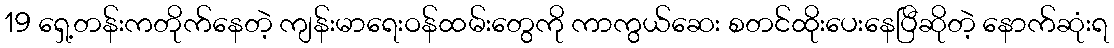
19 ရှေ့တန်းကတိုက်နေတဲ့ ကျန်းမာရေးဝန်ထမ်းတွေကို ကာကွယ်ဆေး စတင်ထိုးပေးနေပြီဆိုတဲ့ နောက်ဆုံးရ